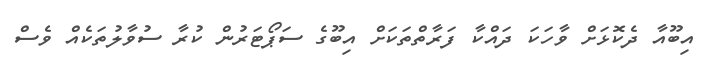
އިބޫއާ ދެކޮޅަށް ވާހަކަ ދައްކާ ފަރާތްތަކަށް އިބޫގެ ސަޕޯޓަރުން ކުރާ ސުވާލުތަކެއް ވެސް